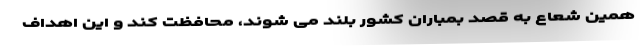
همین شعاع به قصد بمباران کشور بلند می شوند، محافظت کند و این اهداف